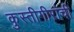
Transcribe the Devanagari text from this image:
कुस्तीगीरांची